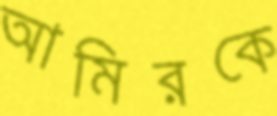
আমিরকে